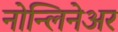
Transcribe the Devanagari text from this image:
नोन्लिनेअर